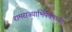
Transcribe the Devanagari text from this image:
रामराज्याभिषेकाच्या